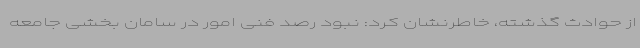
از حوادث گذشته، خاطرنشان کرد: نبود رصد فنی امور در سامان بخشی جامعه